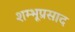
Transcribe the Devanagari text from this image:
शम्भूप्रसाद